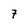
Character: 7